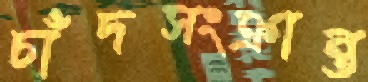
চাঁদসংক্রান্ত